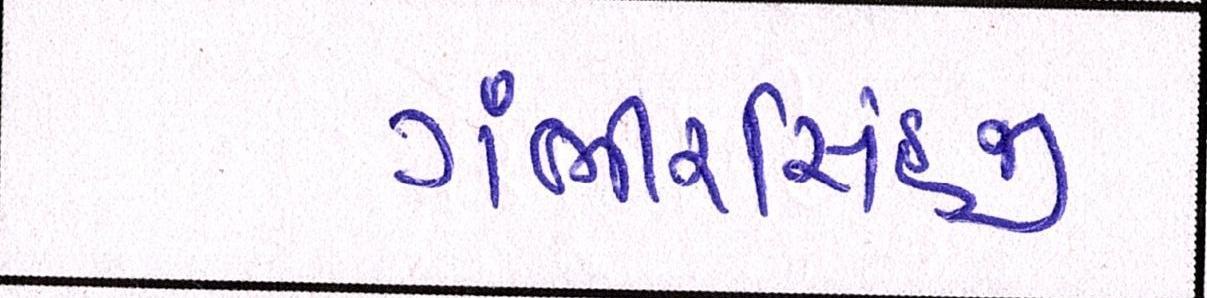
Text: ગંભીરસિંહજી